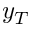
y _ { T }